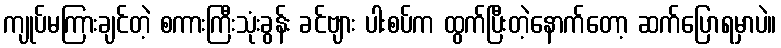
ကျုပ်မကြားချင်တဲ့ စကားကြီးသုံးခွန်း ခင်ဗျား ပါးစပ်က ထွက်ပြီးတဲ့နောက်တော့ ဆက်ပြောရမှာပဲ။